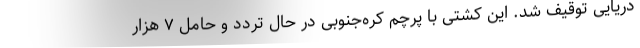
دریایی توقیف شد. این کشتی با پرچم کره‌جنوبی در حال تردد و حامل ۷ هزار